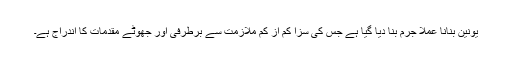
یونین بنانا عملاً جرم بنا دیا گیا ہے جس کی سزا کم از کم ملازمت سے برطرفی اور جھوٹے مقدمات کا اندراج ہے۔